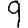
Digit: 9